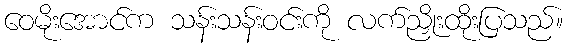
ဝေမိုးအောင်က သန်းသန်းဝင်းကို လက်ညှိုးထိုးပြသည်။